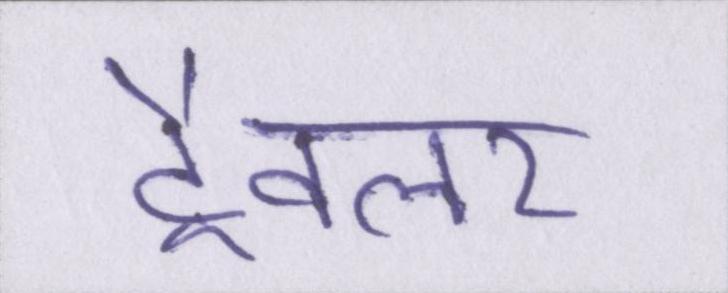
ट्रैवलर